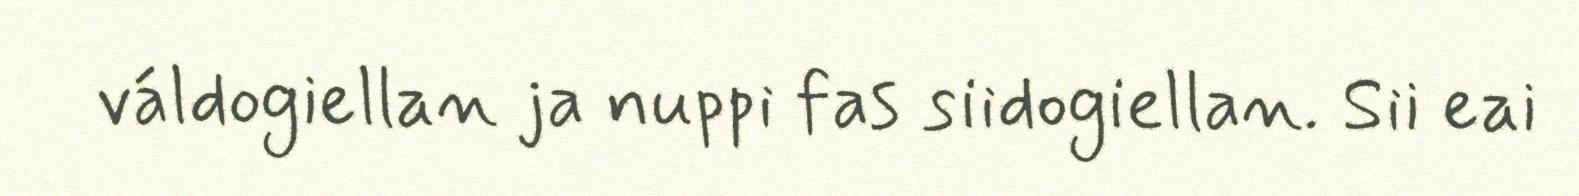
váldogiellan ja nuppi fas siidogiellan. Sii eai